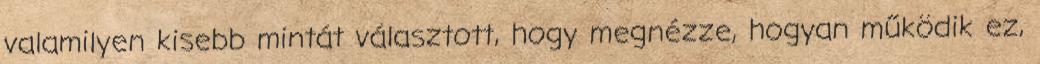
valamilyen kisebb mintát választott, hogy megnézze, hogyan működik ez,